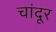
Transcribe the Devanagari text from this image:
चांदूर